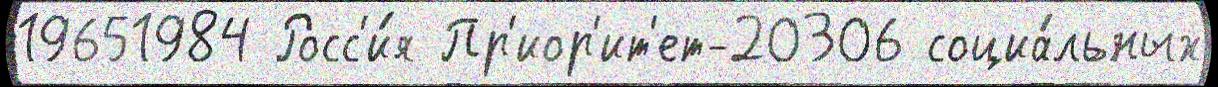
19651984 Росс'и́я Пр'иор'ит'ет-20306 социа́льных